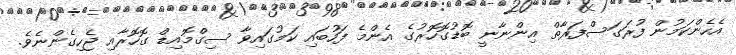
އެހެންކަމުން ފުރަގަސްފަރާތް އިންނާނީ ބޮޑުގޮހޮރުގެ އެންމެ ފަހުބައި ކަމުގައިވާ ސިގްމޮއިޑް ގޮހޮރާއި ޖެހިގެންނެވެ.